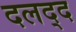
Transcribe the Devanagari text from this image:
दलद्द